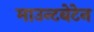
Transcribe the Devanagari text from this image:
माउन्टबेटेन